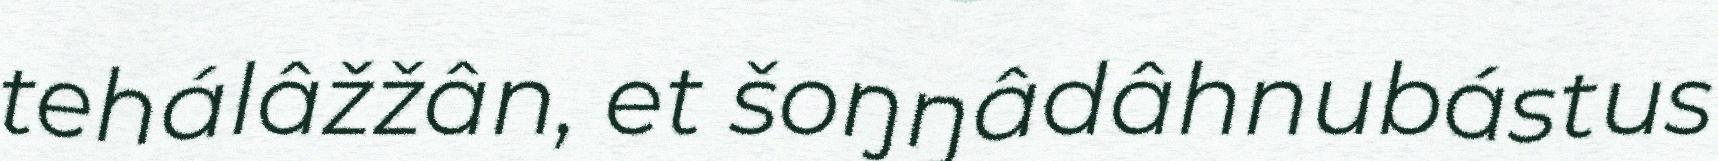
tehálâžžân, et šoŋŋâdâhnubástus